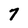
Character: 7